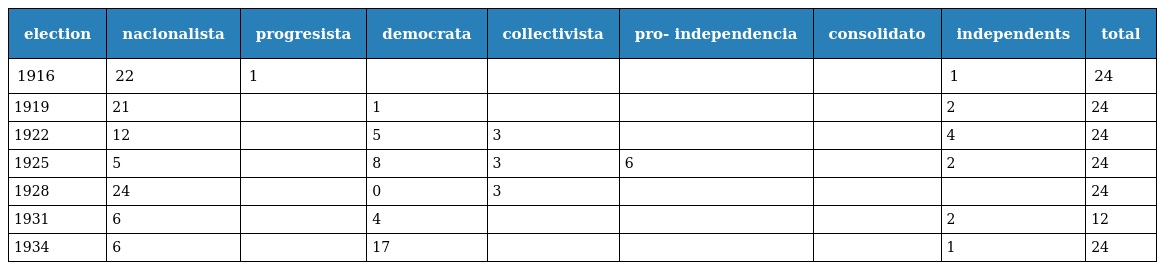
| election | nacionalista | progresista | democrata | collectivista | pro- independencia | consolidato | independents | total |
 | --- | --- | --- | --- | --- | --- | --- | --- | --- |
 | 1916 | 22 | 1 |  |  |  |  | 1 | 24 |
 | 1919 | 21 |  | 1 |  |  |  | 2 | 24 |
 | 1922 | 12 |  | 5 | 3 |  |  | 4 | 24 |
 | 1925 | 5 |  | 8 | 3 | 6 |  | 2 | 24 |
 | 1928 | 24 |  | 0 | 3 |  |  |  | 24 |
 | 1931 | 6 |  | 4 |  |  |  | 2 | 12 |
 | 1934 | 6 |  | 17 |  |  |  | 1 | 24 |